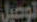
توصيل